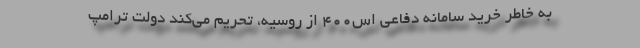
به خاطر خرید سامانه دفاعی اس400 از روسیه، تحریم می‌کند دولت ترامپ